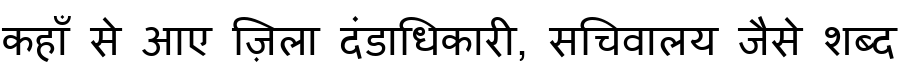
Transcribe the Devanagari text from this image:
कहाँ से आए ज़िला दंडाधिकारी, सचिवालय जैसे शब्द